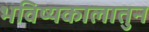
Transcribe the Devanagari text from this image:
भविष्यकालातुन